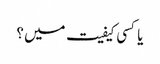
یا کسی کیفیت میں ؟